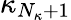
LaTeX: \kappa_{N_{\kappa}+1}